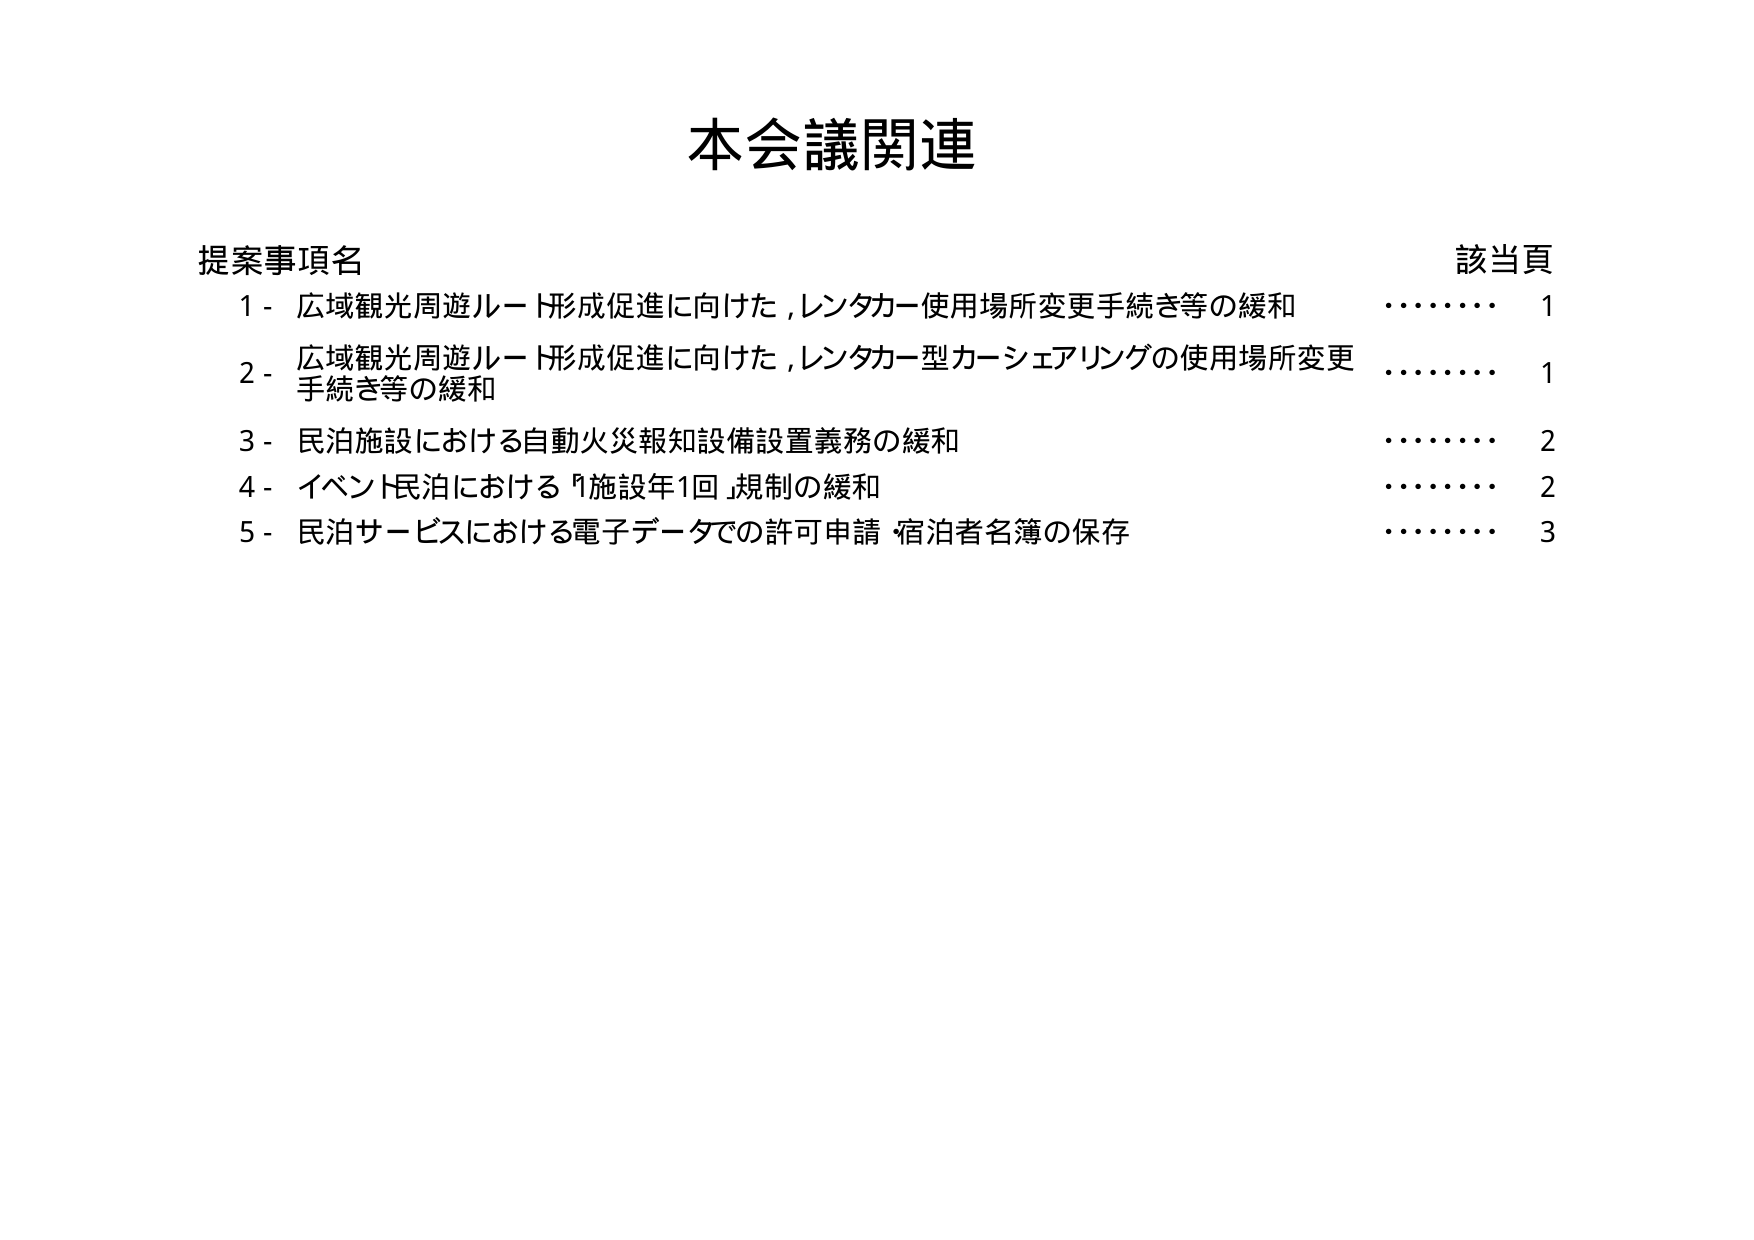
本会議関連

提案事項名